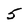
Character: 5